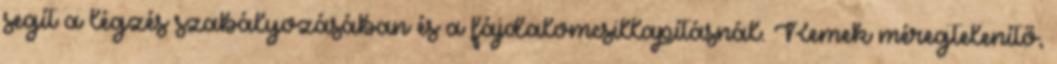
segít a légzés szabályozásában és a fájdalomcsillapításnál. Remek méregtelenítő,